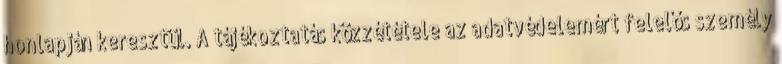
honlapján keresztül. A tájékoztatás közzététele az adatvédelemért felelős személy